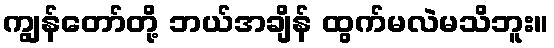
ကျွန်တော်တို့ ဘယ်အချိန် ထွက်မလဲမသိဘူး။